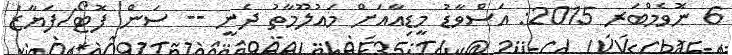
6 ނޮވެމްބަރ 2015: އަސްވާޑު މީޑިއާއަށް މައުލޫމާތު ދެނީ -- ސަން ފޮޓޯ/ފަޔާޒު